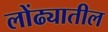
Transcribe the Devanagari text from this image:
लोंढ्यातील